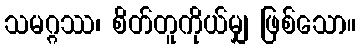
သမဂ္ဂဿ၊ စိတ်တူကိုယ်မျှ ဖြစ်သော။